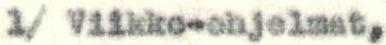
1/ Viikko-ohjelmat,